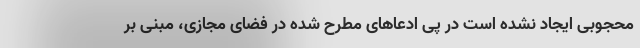
محجوبی ایجاد نشده است در پی ادعاهای مطرح شده در فضای مجازی، مبنی بر